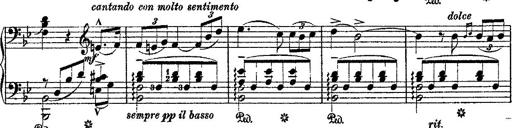
Title: Fantaisie romantique sur deux mÃ©lodies suisses
Composer: Franz Liszt